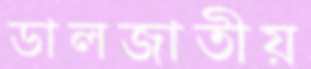
ডালজাতীয়